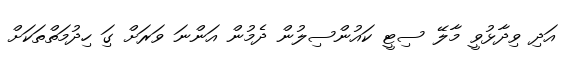
އަދި ވިދާޅުވީ މާލޭ ސިޓީ ކައުންސިލުން ދެމުން އަންނަ ވަރަށް ގިަ ހިދުމަތްތަކަށް